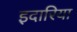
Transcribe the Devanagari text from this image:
इदारिया